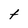
Character: t